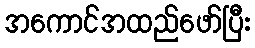
အကောင်အထည်ဖော်ပြီး